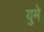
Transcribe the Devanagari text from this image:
युमे